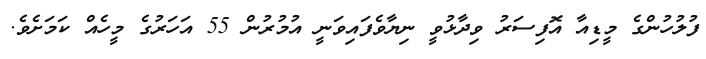
ފުލުހުންގެ މީޑިއާ އޮފިސަރު ވިދާޅުވީ ނިޔާވެފައިވަނީ އުމުރުން 55 އަހަރުގެ މީހެއް ކަމަށެވެ.